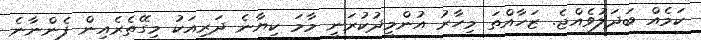
ކަމެއް ބަދަލުވެއްޖެ. ޒަހާއްތަ މިހާރު އުންމީދުކުރަނީ މާމަ ކިޔާނެ ދަރިއަކު މިގޭތެރެއިން ފެންނާނެ